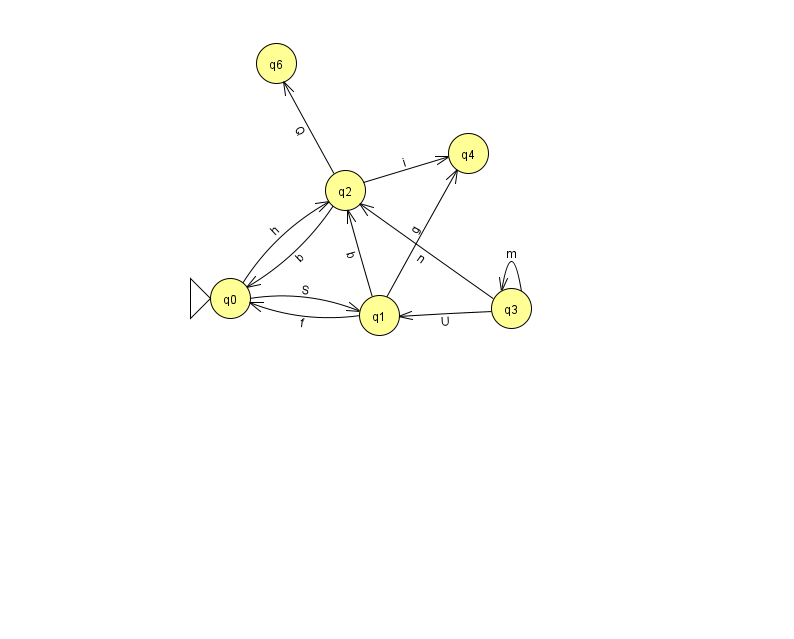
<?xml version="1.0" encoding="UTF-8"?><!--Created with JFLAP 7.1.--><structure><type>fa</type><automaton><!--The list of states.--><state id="0" name="q0"><x>230.0</x><y>285.0</y><initial/></state><state id="1" name="q1"><x>379.0</x><y>302.0</y></state><state id="2" name="q2"><x>345.0</x><y>177.0</y></state><state id="3" name="q3"><x>511.0</x><y>295.0</y></state><state id="4" name="q4"><x>468.0</x><y>140.0</y></state><state id="6" name="q6"><x>276.0</x><y>50.0</y></state><!--The list of transitions.--><transition><from>3</from><to>2</to><read>n</read></transition><transition><from>2</from><to>0</to><read>b</read></transition><transition><from>1</from><to>4</to><read>g</read></transition><transition><from>2</from><to>4</to><read>i</read></transition><transition><from>3</from><to>1</to><read>U</read></transition><transition><from>0</from><to>1</to><read>S</read></transition><transition><from>1</from><to>2</to><read>b</read></transition><transition><from>2</from><to>6</to><read>Q</read></transition><transition><from>3</from><to>3</to><read>m</read></transition><transition><from>0</from><to>2</to><read>h</read></transition><transition><from>1</from><to>0</to><read>f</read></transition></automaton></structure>